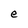
Character: e